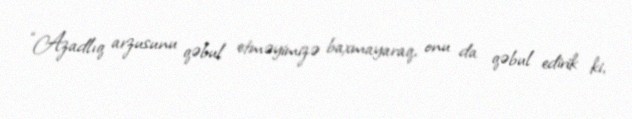
“Azadlıq arzusunu qəbul etməyimizə baxmayaraq, onu da qəbul edirik ki,